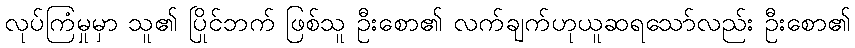
လုပ်ကြံမှုမှာ သူ၏ ပြိုင်ဘက် ဖြစ်သူ ဦးစော၏ လက်ချက်ဟုယူဆရသော်လည်း ဦးစော၏